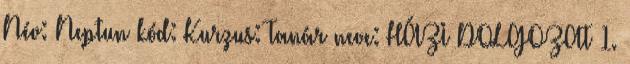
Név: Neptun kód: Kurzus: Tanár neve: HÁZI DOLGOZAT 1.